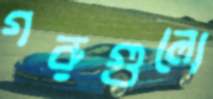
গরুগুলো